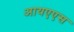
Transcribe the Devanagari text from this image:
आयएएस